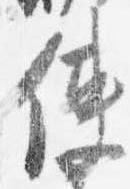
使